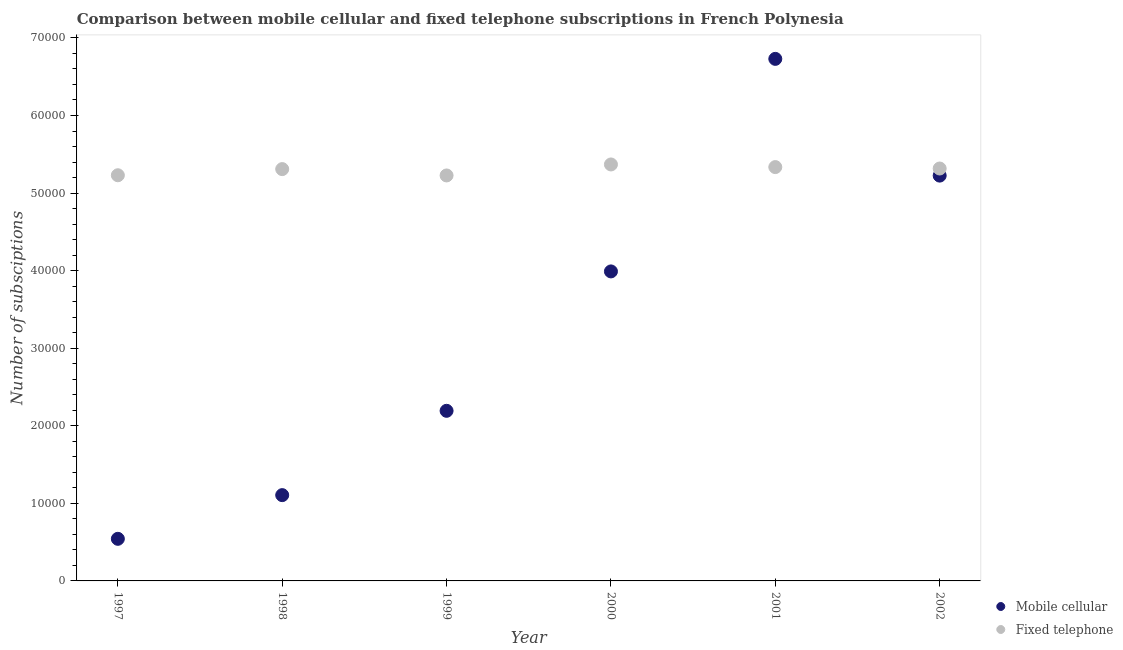
| Year | Mobile cellular | Fixed telephone |
 | --- | --- | --- |
 | 1997 | 5.43e+03 | 5.23e+04 |
 | 1998 | 1.11e+04 | 5.31e+04 |
 | 1999 | 2.19e+04 | 5.23e+04 |
 | 2000 | 3.99e+04 | 5.37e+04 |
 | 2001 | 6.73e+04 | 5.34e+04 |
 | 2002 | 5.22e+04 | 5.32e+04 |